Report of the veterinary officer investigating camel disease
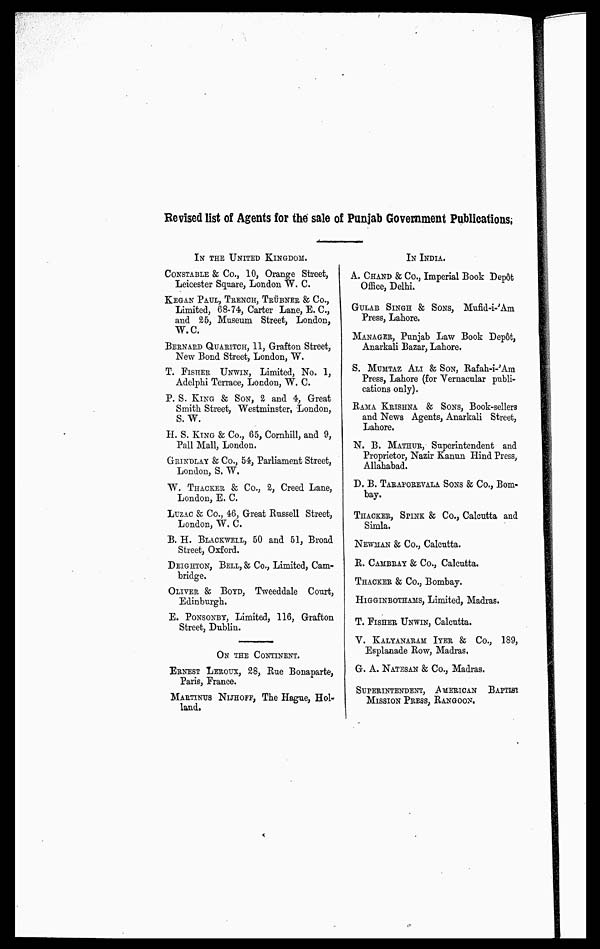
Revised list of Agents for the sale of Punjab Government Publications,
IN THE UNITED KINGDOM.
CONSTABLE & Co., 10, Orange Street,
Leicester Square, London W. C,
KEGAN PAUL, TRENCH, TRÜBNER & Co.,
Limited, 68-74, Carter Lane, E. C,
and 25, Museum Street, London,
W.C.
BERNARD QUARITCH, 11, Grafton Street,
New Bond Street, London, W.
T. FISHER UNWIN, Limited, No. 1,
Adelphi Terrace, London, W. C.
P. S. KING & SON, 2 and 4, Great
Smith Street, Westminster, London,
S.W.
H. S. KING & Co., 65, Cornhill, and 9,
Pall Mall, London.
GRINDLAY & Co., 54, Parliament Street,
London, S. W.
W. THACKER & Co., 2, Creed Lane,
London, E. C.
LUZAC & Co., 46, Great Russell Street,
London, W. C.
B. H. BLACKWELL, 50 and 51, Broad
Street, Oxford.
DEIGHTON, BELL, & Co., Limited, Cam-
bridge.
OLIVER & BOYD, Tweeddale Court,
Edinburgh.
E. PONSONBY, Limited, 116, Grafton
Street, Dublin.
ON THE CONTINENT.
ERNEST LEROUX, 28, Rue Bonaparte,
Paris, France.
MARTINUS NIJHOFF, The Hague, Hol-
land.
IN INDIA.
A. CHAND & Co., Imperial Book Depôt
Office, Delhi.
GULAB SINGH & SONS, Mufid-i-'Am
Press, Lahore.
MANAGER, Punjab Law Book Depôt,
Anarkali Bazar, Lahore.
S. MUMTAZ ALI & SON, Rafah-i-'Am
Press, Lahore (for Vernacular publi-
cations only).
RAMA KRISHNA & SONS, Book-sellers
and News Agents, Anarkali Street,
Lahore.
N. B. MATHUR, Superintendent and
Proprietor, Nazir Kanun Hind Press,
Allahabad.
D. B. TARAPOREVALA SONS & Co., Bom-
bay.
THACKER, SPINK & Co., Calcutta and
Simla.
NEWMAN & Co., Calcutta.
R. CAMBRAY & Co., Calcutta.
THACKER & Co., Bombay.
HIGGINBOTHAMS, Limited, Madras.
T. FISHER UNWIN, Calcutta.
V. KALYANARAM IYER & Co., 189,
Esplanade Row, Madras.
G. A. NATESAN & Co., Madras.
SUPERINTENDENT, AMERICAN BAPTIST
MISSION PRESS, RANGOON.